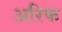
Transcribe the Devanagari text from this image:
अरिफ